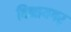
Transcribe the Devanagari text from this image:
विनायगर्